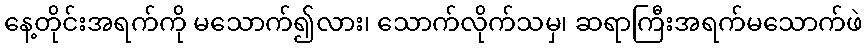
နေ့တိုင်းအရက်ကို မသောက်၍လား၊ သောက်လိုက်သမှ၊ ဆရာကြီးအရက်မသောက်ဖဲ